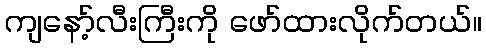
ကျနော့်လီးကြီးကို ဖော်ထားလိုက်တယ်။